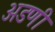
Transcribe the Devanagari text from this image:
अडणी